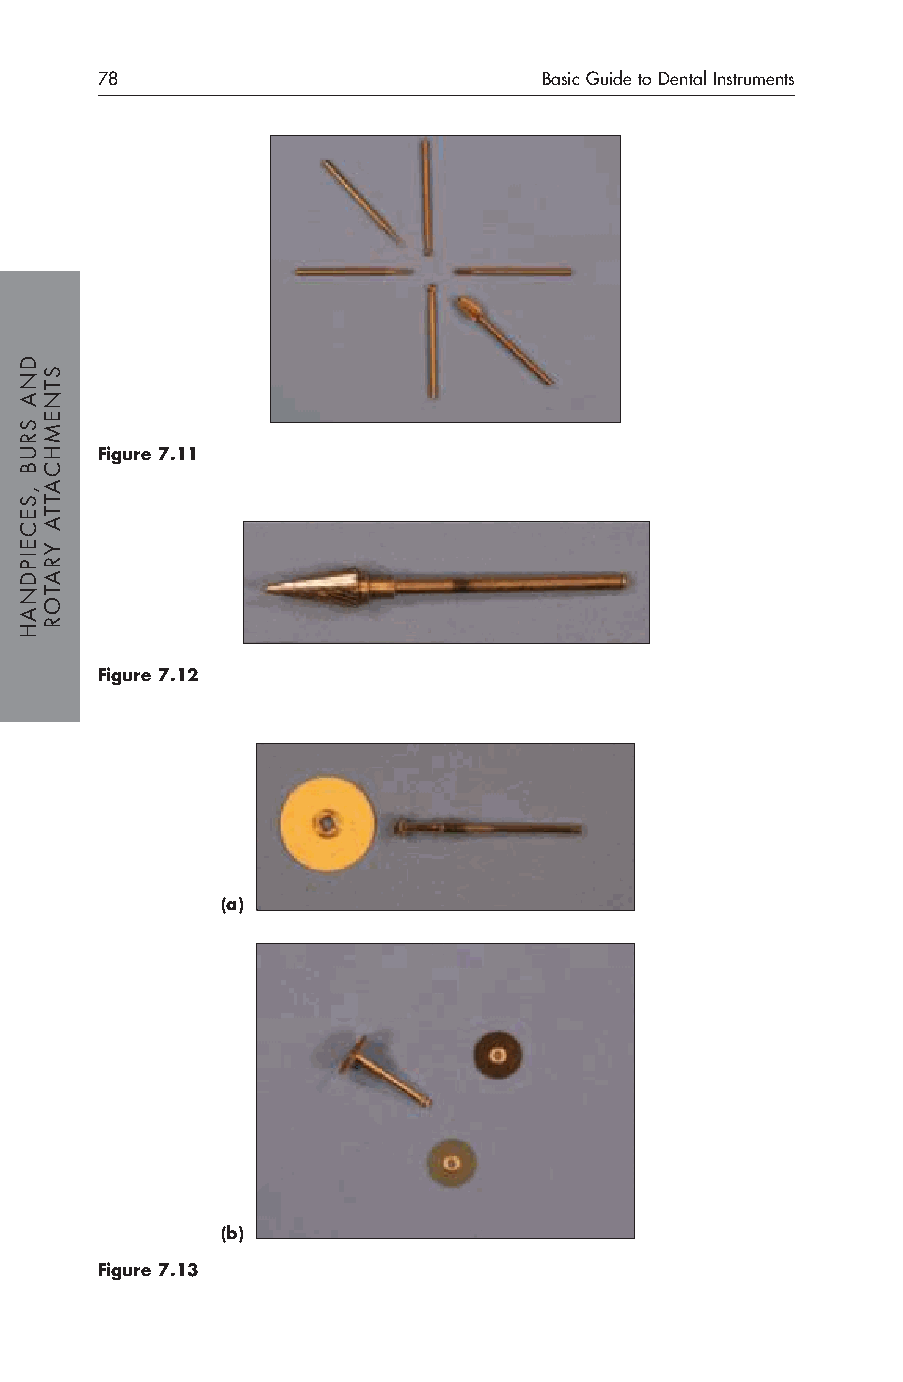
78                            Basic Guide to Dental Instruments
 Figure 7.11
 Figure 7.12
 (a)
 (b)
 Figure 7.13
 DNA
 SRUB
 ,SECEIPDNAH
 STNEMHCATTA
 YRATOR